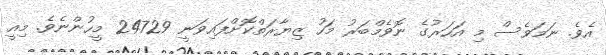
އެވެ. ނަމަވެސް މި އަހަރުގެ ނޮވެމްބަރު މަހު ޒިޔާރަތްކޮށްފައިވަނީ 24729 މީހުންނެވެ. މިއީ